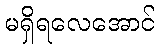
မရှိရလေအောင်